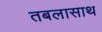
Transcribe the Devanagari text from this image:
तबलासाथ